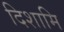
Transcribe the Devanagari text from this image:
दिशामि